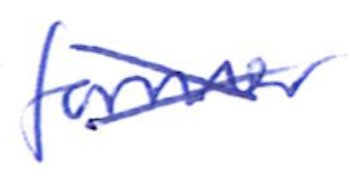
Text: former
Cross-out: cross
Writing tool: ballpoint